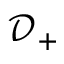
{ { \mathcal { D } } _ { + } }